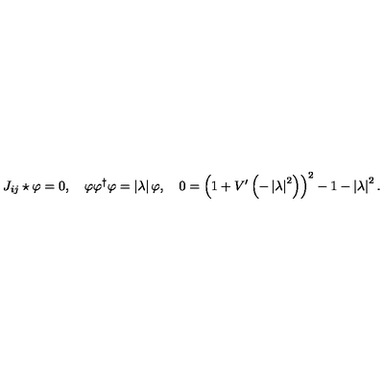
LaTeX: J _ { i j } \star \varphi = 0 , \quad \varphi \varphi ^ { \dagger } \varphi = \left| \lambda \right| \varphi , \quad 0 = \left( 1 + V ^ { \prime } \left( - \left| \lambda \right| ^ { 2 } \right) \right) ^ { 2 } - 1 - \left| \lambda \right| ^ { 2 } .